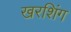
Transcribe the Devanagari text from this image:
खरशिंग